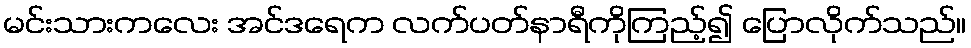
မင်းသားကလေး အင်ဒရေက လက်ပတ်နာရီကိုကြည့်၍ ပြောလိုက်သည်။